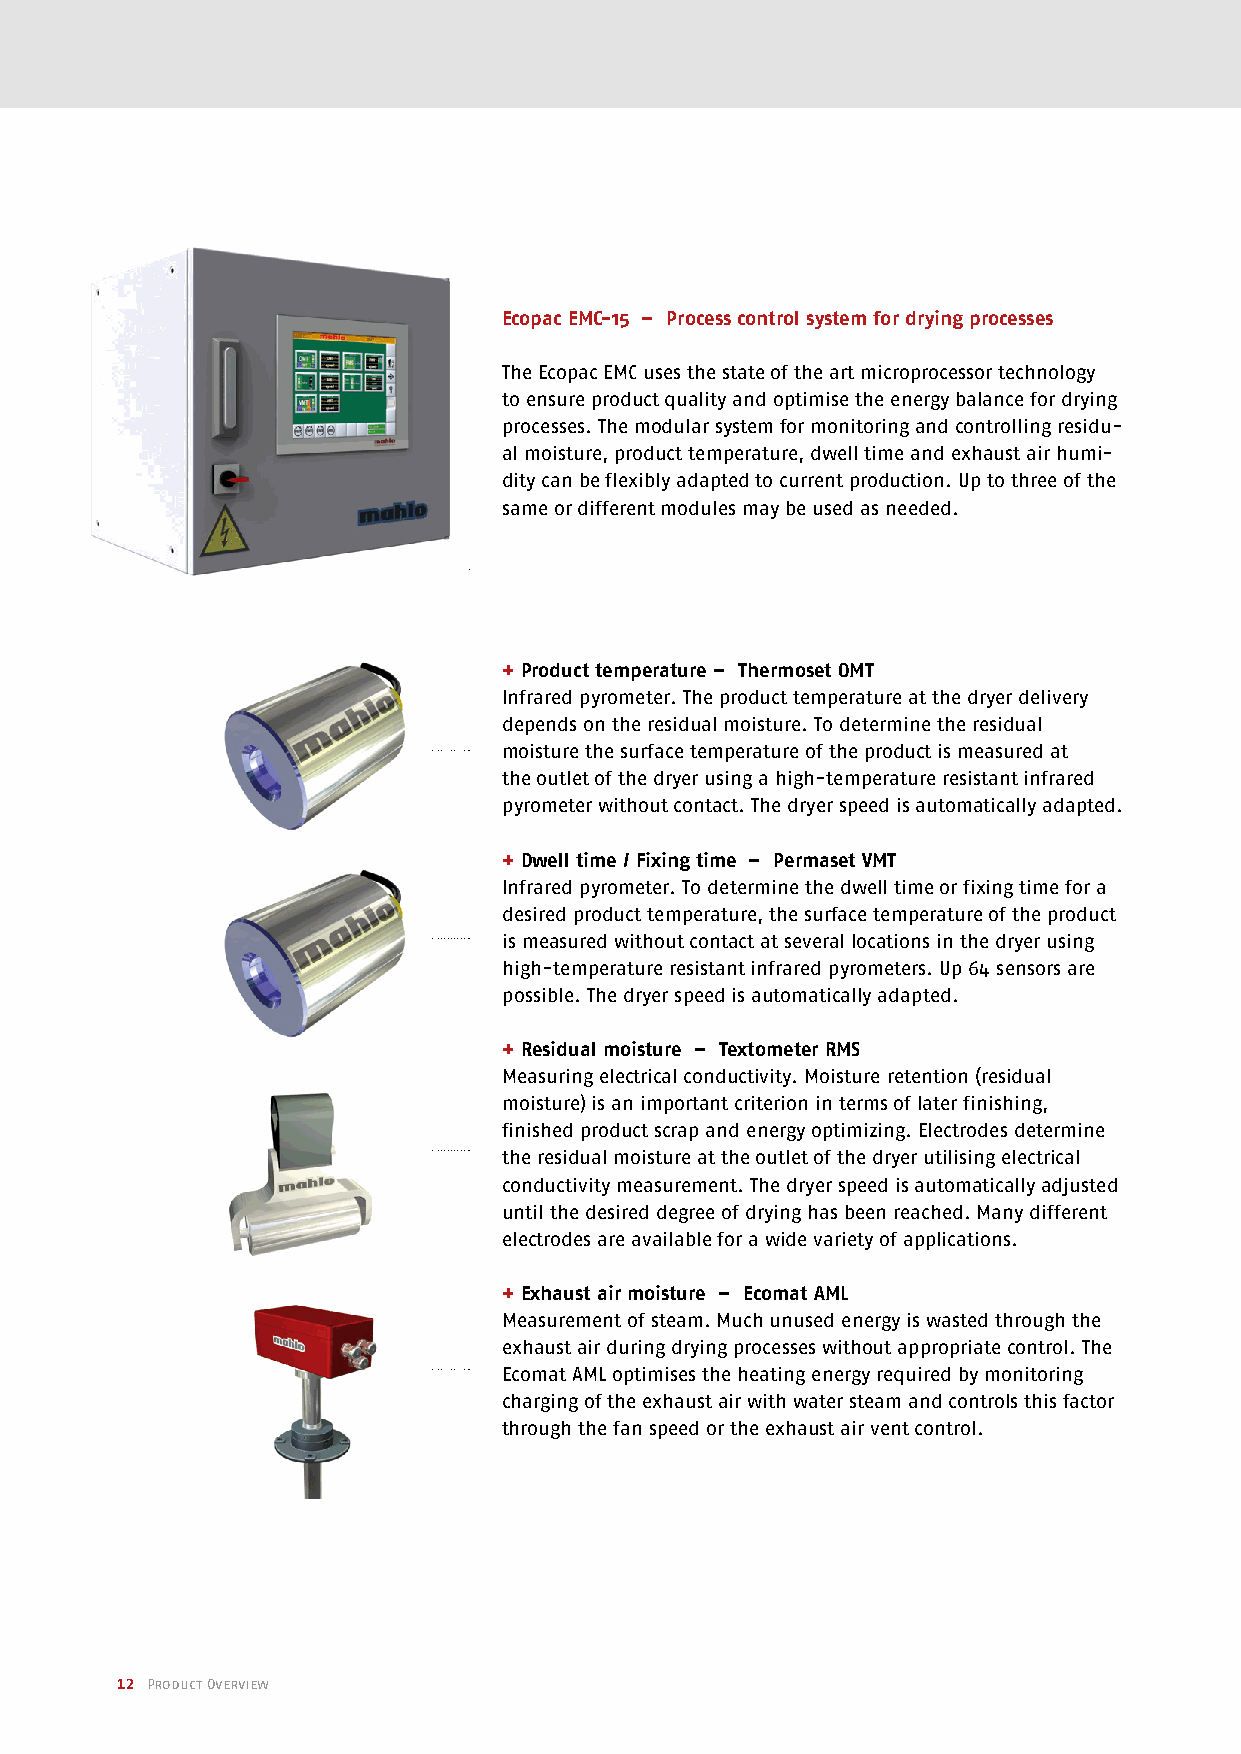
Ecopac EMC-15 – Process control system for drying processes
 The Ecopac EMC uses the state of the art microprocessor technology
 to ensure product quality and optimise the energy balance for drying
 processes. The modular system for monitoring and controlling residu-
 al moisture, product temperature, dwell time and exhaust air humi-
 dity can be flexibly adapted to current production. Up to three of the
 same or different modules may be used as needed.
 + Product temperature – Thermoset OMT
 Infrared pyrometer. The product temperature at the dryer delivery
 depends on the residual moisture. To determine the residual
 moisture the surface temperature of the product is measured at
 the outlet of the dryer using a high-temperature resistant infrared
 pyrometer without contact. The dryer speed is automatically adapted.
 + Dwell time / Fixing time – Permaset VMT
 Infrared pyrometer. To determine the dwell time or fixing time for a
 desired product temperature, the surface temperature of the product
 is measured without contact at several locations in the dryer using
 high-temperature resistant infrared pyrometers. Up 64 sensors are
 possible. The dryer speed is automatically adapted.
 + Residual moisture – Textometer RMS
 Measuring electrical conductivity. Moisture retention (residual
 moisture) is an important criterion in terms of later finishing,
 finished product scrap and energy optimizing. Electrodes determine
 the residual moisture at the outlet of the dryer utilising electrical
 conductivity measurement. The dryer speed is automatically adjusted
 until the desired degree of drying has been reached. Many different
 electrodes are available for a wide variety of applications.
 + Exhaust air moisture – Ecomat AML
 Measurement of steam. Much unused energy is wasted through the
 exhaust air during drying processes without appropriate control. The
 Ecomat AML optimises the heating energy required by monitoring
 charging of the exhaust air with water steam and controls this factor
 through the fan speed or the exhaust air vent control.
 12 Product Overview